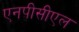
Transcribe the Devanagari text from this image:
एनपीसीएल